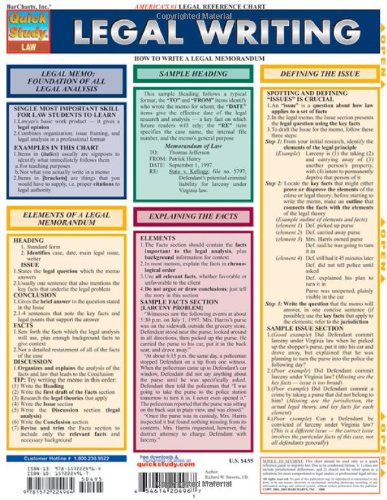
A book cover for Legal Writing (Quickstudy: Law); Inc. BarCharts; Law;